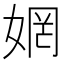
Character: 𫰻